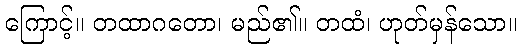
ကြောင့်။ တထာဂတော၊ မည်၏။ တထံ၊ ဟုတ်မှန်သော။